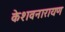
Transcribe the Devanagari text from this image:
केशवनारायण